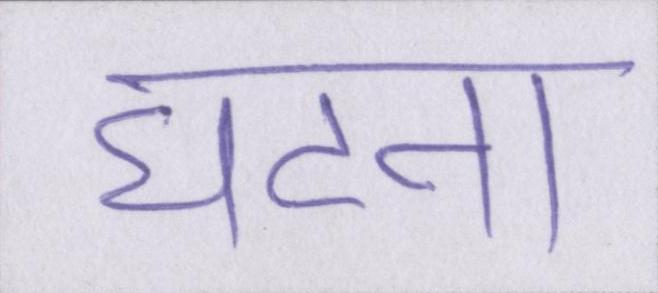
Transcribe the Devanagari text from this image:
घटना